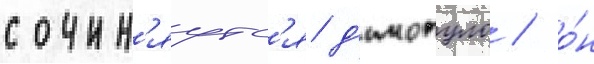
сочин'яутс'я д'имопуло / о́н